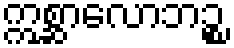
ဣစ္ဆာလောဘဉ္စ